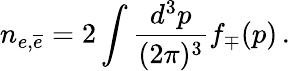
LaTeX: n_{e,{\overline{{e}}}}=2\int\frac{d^{3}p}{(2\pi)^{3}}f_{\mp}(p)\, .